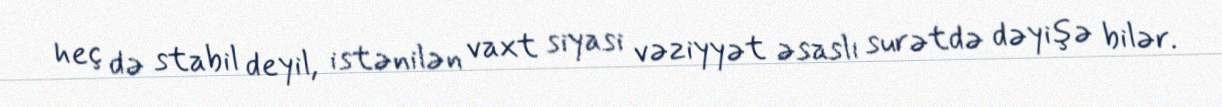
heç də stabil deyil, istənilən vaxt siyasi vəziyyət əsaslı surətdə dəyişə bilər.